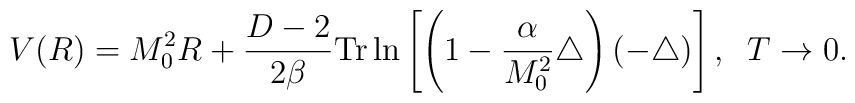
V(R)=M_0^2 R+\frac{D-2}{2\beta} \mbox{Tr}\ln\left[\left(1-\frac{\alpha}{M_0^2}\triangle\right)(-\triangle)\right],\;\;T\to 0.